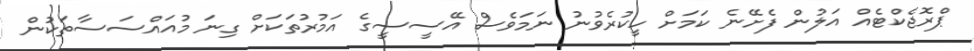
ޕްރޮޖެކްޓެއް އަލުން ފެށޭނެ ކަމަށް ހީކުރެވުނު ނަމަވެސް އޭސީސީގެ އަމުރުތަކަށް ގިނަ މުއައްސަސާތަކުން